Eesti_Vabariigi_Tartu_Ulikool, lk 33
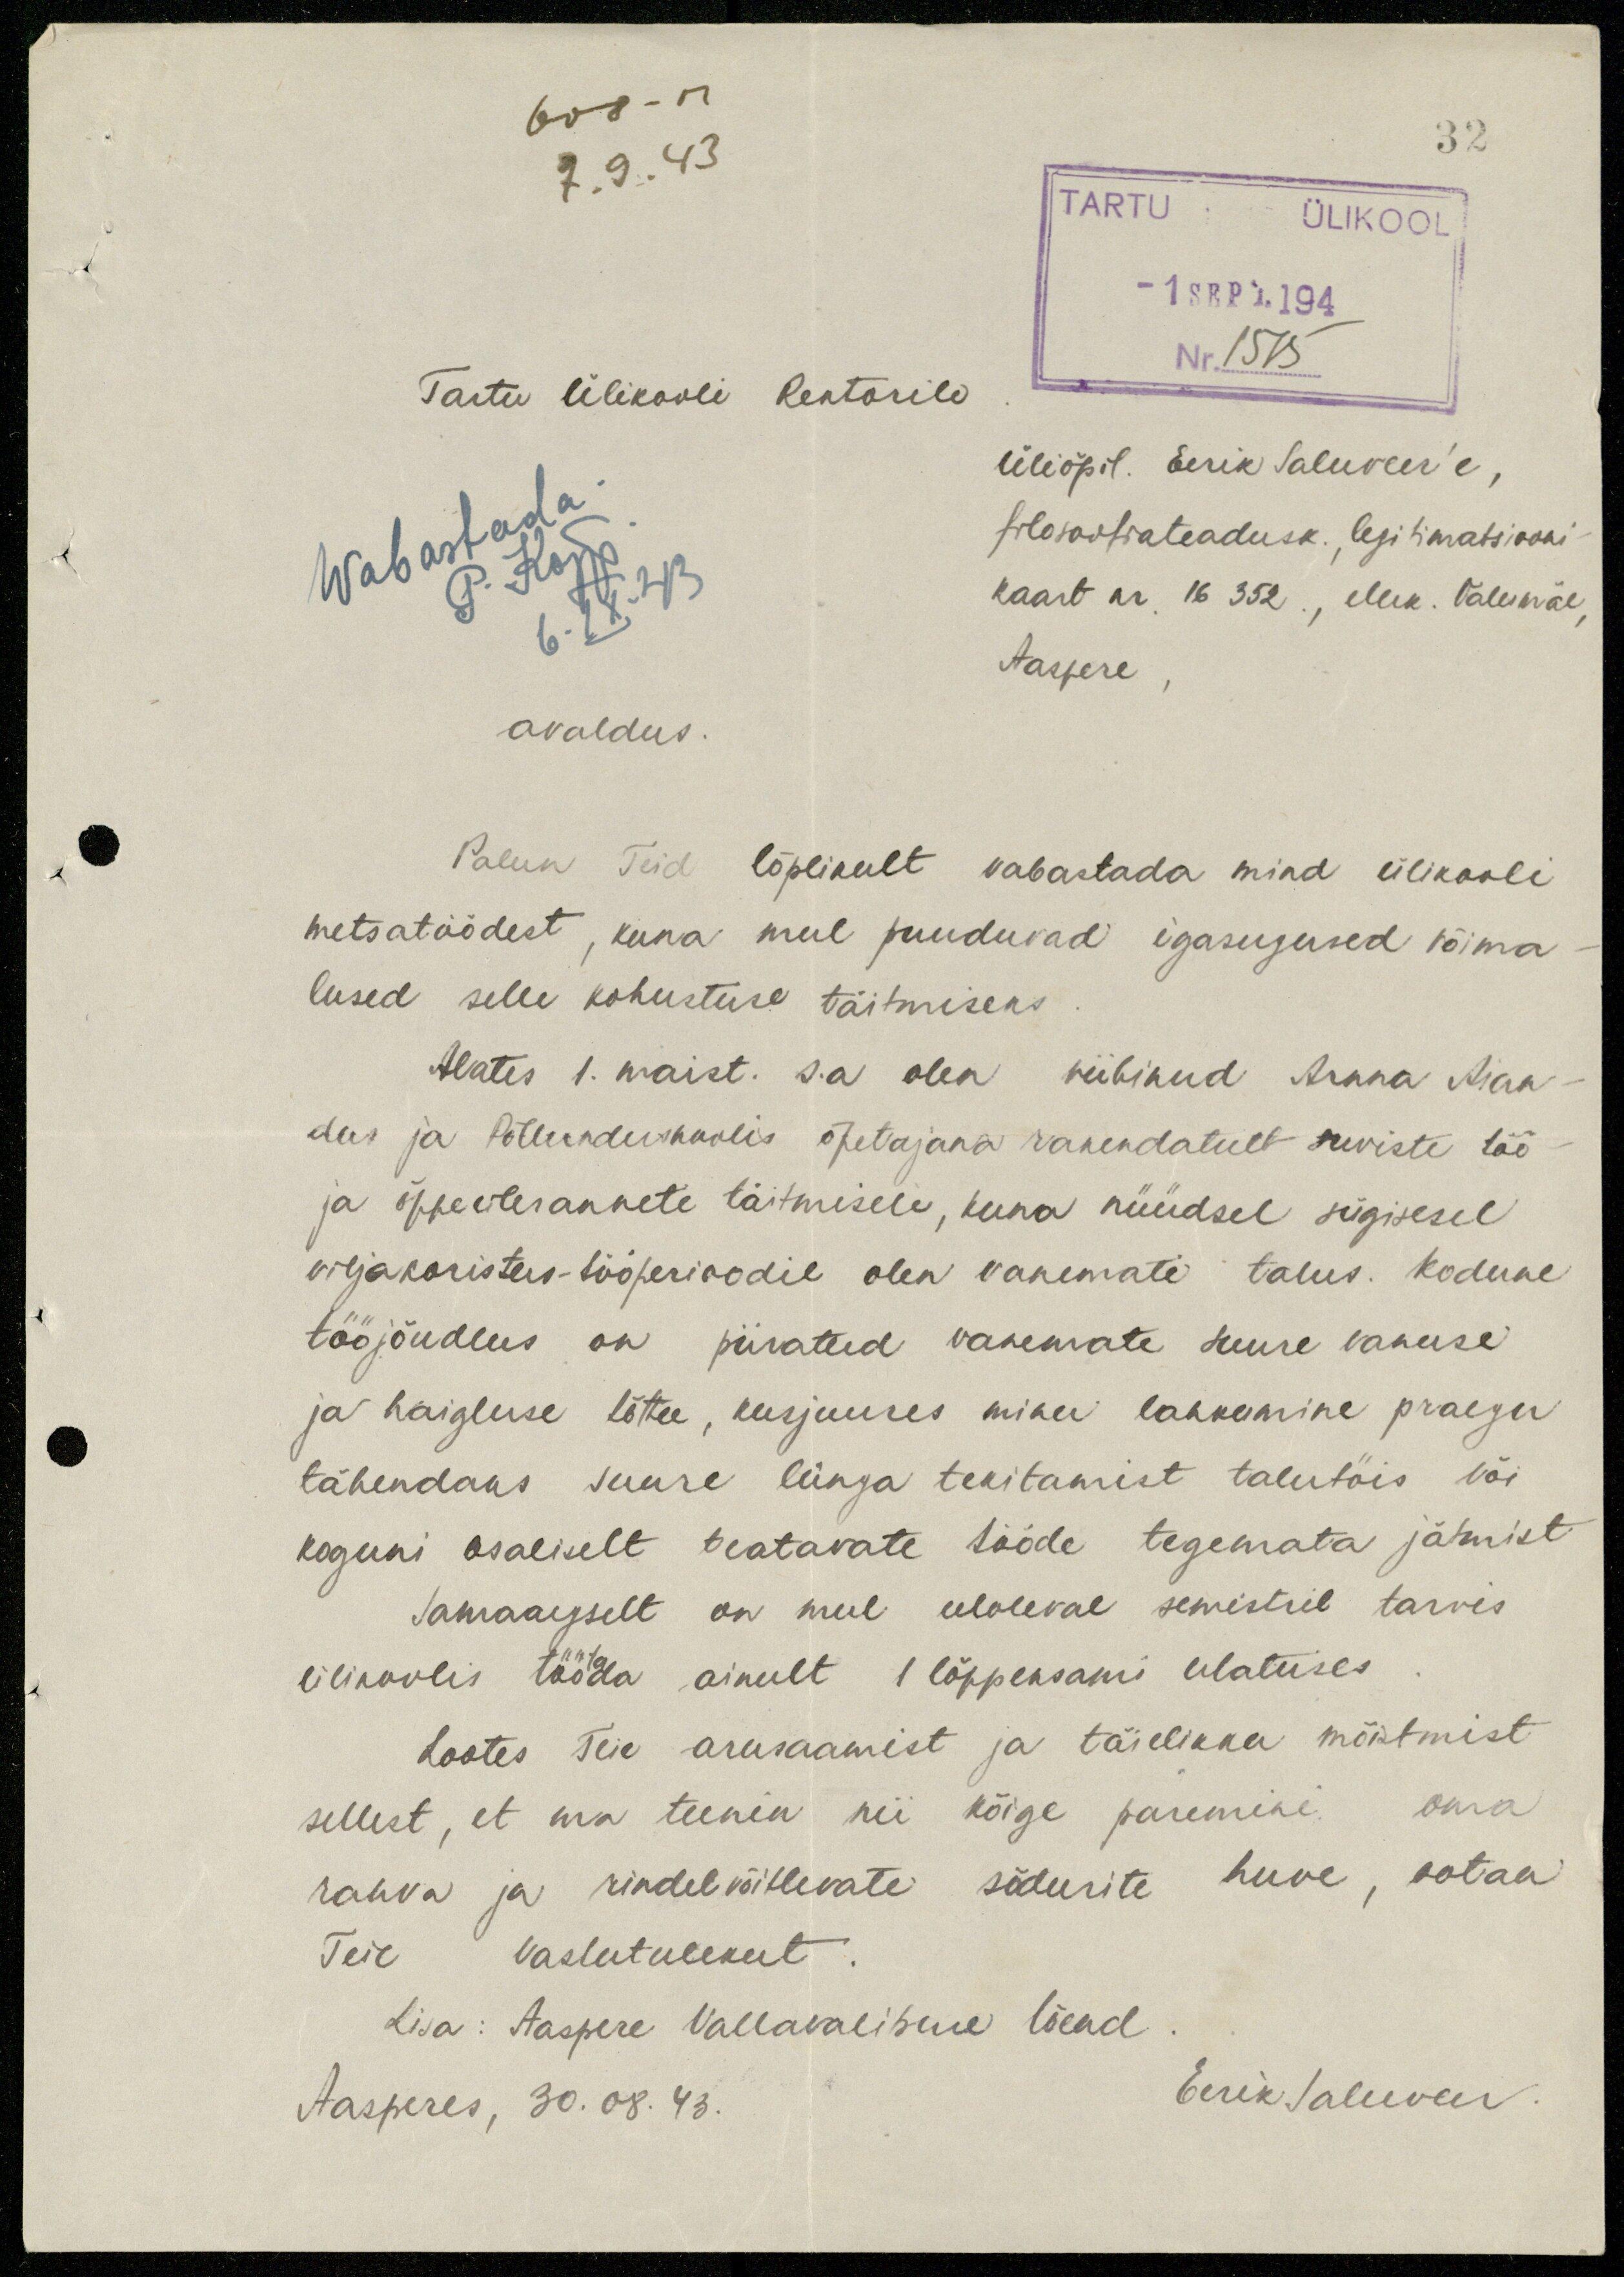
32
608 - M.
7.9.43
TARTU ÜLIKOOL
-1 SEPT. 194
Nr.1575
Tartu Ülikooli Rektorile
Üliõpil. Eerik Saluveer'e,
filosoofiateadusk., legitimatsiooni
Wabastada.
kaart nr, 16 352., eluk. Valumäe,
Aaspere
P. Kõpp
6.IX.43
avaldus.
Palun Teid lõplikult vabastada mind ülikooli
metsatöödest, kuna mul puuduvad igasugused võima-
lused selle kohustuse täitmiseks
Alates 1. maist. s.a olen viibinud Arnna Aian-
dus ja Põllunduskoolis õpetajana rakendatult suviste töö
ja õppeülesannete täitmisele, kuna nüüdsel sügisesel
viljakoristus-tööperioodil olen vanemate talus. Kodune
tööjõudlus on piiratud vanemate suure vanuse
ja haigluse tõttu, kusjuures minu lahkumine praegu
tähendaks suure lünga tekitamist talutöis või
koguni osaliselt teatavate tööde tegemata jätmist
Samaaegselt on mul eeloleval semestril tarvis
ülikoolis töötada ainult 1 lõppeksami ulatuses
Lootes Teie arusaamist ja täielikku mõistmist
sellest, et ma teenin nii kõige paremini oma
rahva ja rindelvõitlevate sõdurite huve, ootan
Teie vastutulekut
Lisa: Aaspere Vallavalitsuse tõend
Aasperes, 30. 08. 43.
Eerik Saluveer.